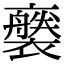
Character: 𧞚